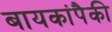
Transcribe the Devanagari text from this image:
बायकांपैकी